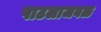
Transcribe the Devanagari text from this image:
पाटलाजवळ